Problem: 20 + 23 = ?
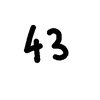
Handwritten answer: 43